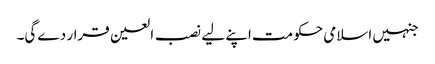
جنہیں اسلامی حکومت اپنے لیے نصب العین قرار دے گی۔